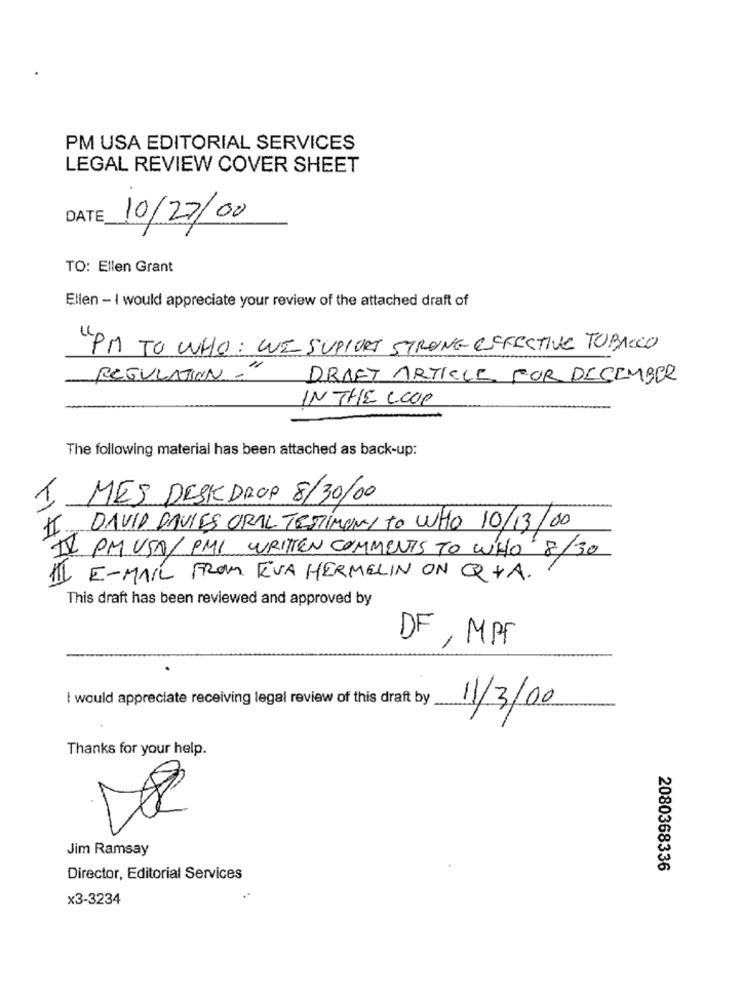
PM USA EDITORIAL SERVICES
LEGAL REVIEW COVER SHEET
DATE
10/22/00
TO: Ellen Grant
Ellen - I would appreciate your review of the attached draft of
PM TO WHO: WE SUPPORT STRONG EFFECTIVE TOBACCO
REGULATION ."
DRAFT ARTICLE FOR DECEMBER
IN THE LOOP
The following material has been attached as back-up:
MES DESK DROP 8/30/00
II.
DAVID DAVIES ORAL TESTIMONY TO LUHO 10/13/00
IL PM USA/ PMI WRITTEN COMMENTS TO WHO 8/30
III E-MAIL FROM EVA HERMELIN ON QYA.
This draft has been reviewed and approved by
DF , MPF
I would appreciate receiving legal review of this draft by
11/3/00
Thanks for your help.
Jim Ramsay
2080368336
Director, Editorial Services
x3-3234